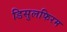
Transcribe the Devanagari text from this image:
डिसुलफिरम